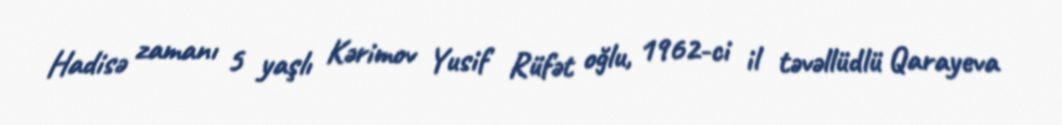
Hadisə zamanı 5 yaşlı Kərimov Yusif Rüfət oğlu, 1962-ci il təvəllüdlü Qarayeva